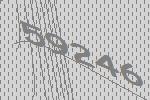
59246